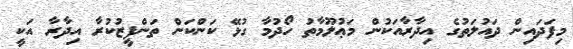
މިފަދައިން ދައުލަތުގެ އިދާރާއަކުން މަޢުލޫމާތު ހޯދުމާ ގުޅޭ ކަންކަން ތަންފީޒުކުރާ އިދާރާ އަކީ